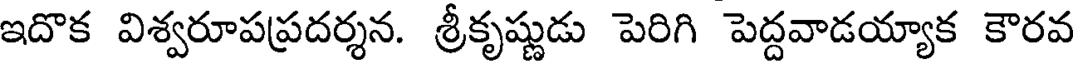
ఇదొక విశ్వరూపప్రదర్శన. శ్రీకృష్ణుడు పెరిగి పెద్దవాడయ్యాక కౌరవ